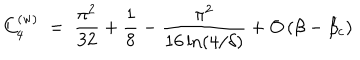
C _ { 4 } ^ { ( \mathrm { w } ) } \; = \; { \frac { \pi ^ { 2 } } { 3 2 } } + { \frac { 1 } { 8 } } - { \frac { \pi ^ { 2 } } { 1 6 \ln ( 4 / \delta ) } } + O \left( \beta - \beta _ { c } \right)